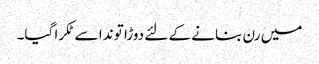
میں رن بنانے کے لئے دوڑا تو ندا سے ٹکرا گیا۔